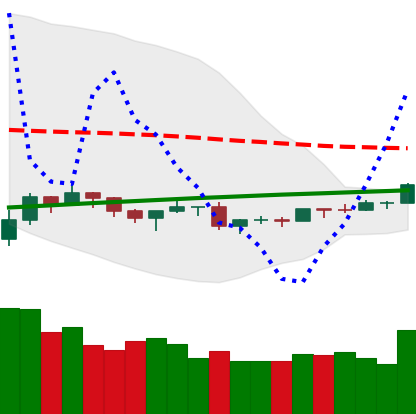
Ticker: ETH-USD
Chart end date: 2019-08-05
Forward return: -11.733%
Label: down_7plus